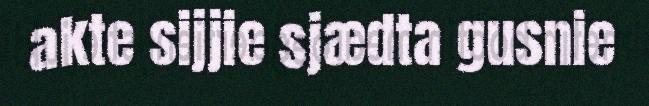
akte sijjie sjædta gusnie